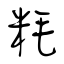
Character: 粍